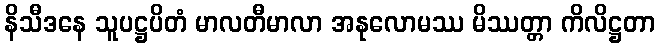
နိသီဒနေ သူပဋ္ဌပိတံ မာလတီမာလာ အနုလောမဿ မိဿတ္တာ ကိလိဋ္ဌတာ